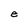
Character: e